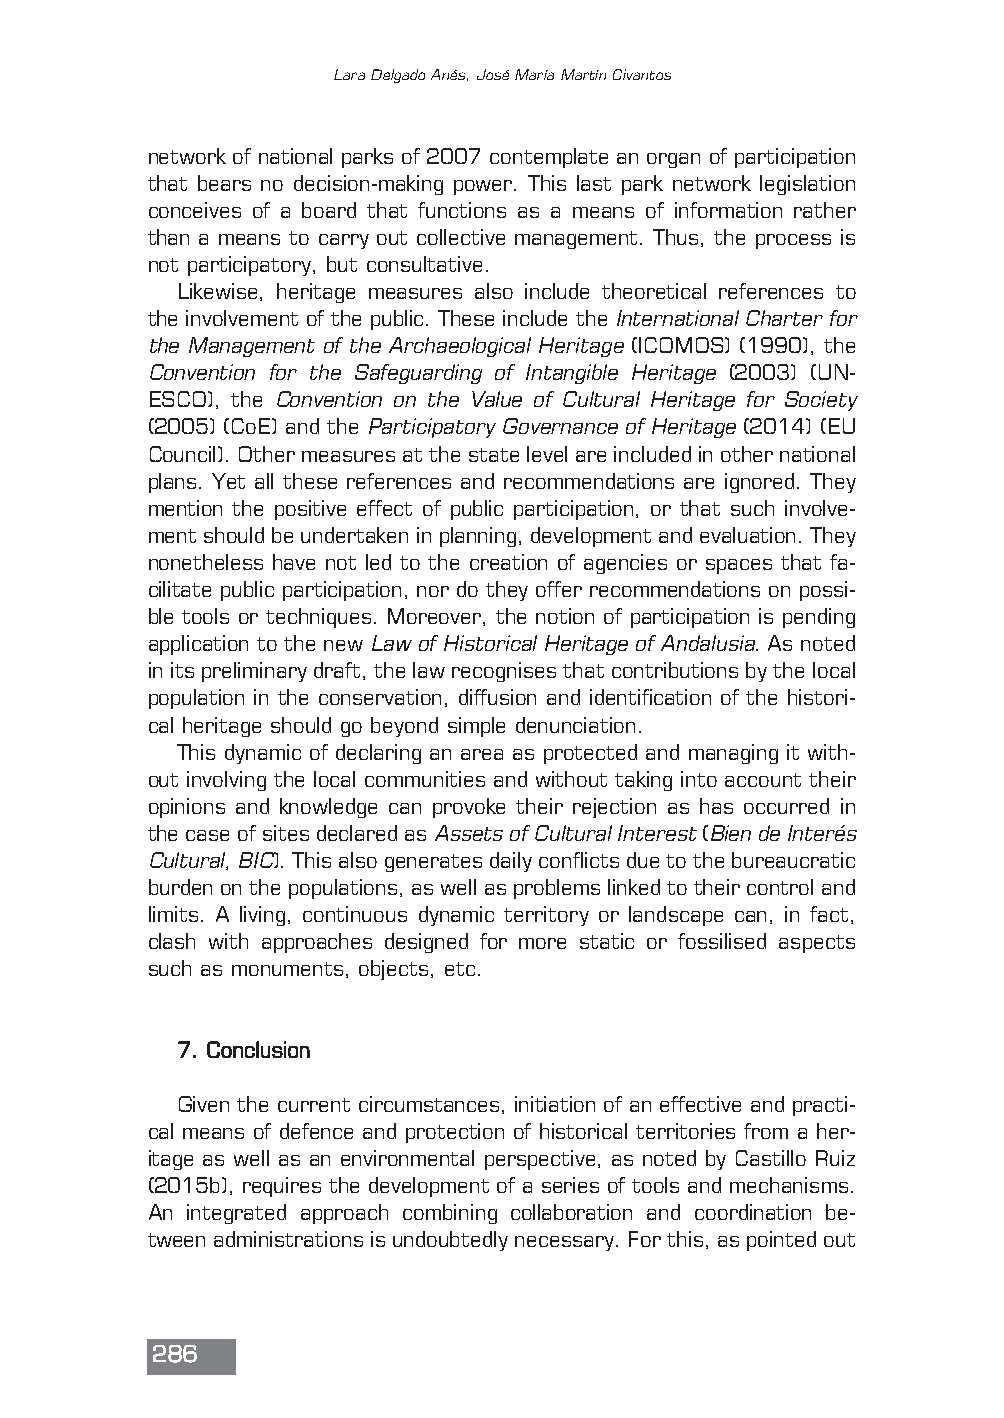
Lara Delgado Anés, José María Martín Civantos
 network of national parks of 2007 contemplate an organ of participation
 that bears no decision-making power. This last park network legislation
 conceives of a board that functions as a means of information rather
 than a means to carry out collective management. Thus, the process is
 not participatory, but consultative.
 Likewise, heritage measures also include theoretical references to
 the involvement of the public. These include the International Charter for
 the Management of the Archaeological Heritage(ICOMOS) (1990), the
 Convention for the Safeguarding of Intangible Heritage (2003) (UN-
 ESCO), the Convention on the Value of Cultural Heritage for Society
 (2005) (CoE) and the Participatory Governance of Heritage(2014) (EU
 Council). Other measures at the state level are included in other national
 plans. Yet all these references and recommendations are ignored. They
 mention the positive effect of public participation, or that such involve-
 ment should be undertaken in planning, development and evaluation. They
 nonetheless have not led to the creation of agencies or spaces that fa-
 cilitate public participation, nor do they offer recommendations on possi-
 ble tools or techniques. Moreover, the notion of participation is pending
 application to the new Law of Historical Heritage of Andalusia. As noted
 in its preliminary draft, the law recognises that contributions by the local
 population in the conservation, diffusion and identification of the histori-
 cal heritage should go beyond simple denunciation.
 This dynamic of declaring an area as protected and managing it with-
 out involving the local communities and without taking into account their
 opinions and knowledge can provoke their rejection as has occurred in
 the case of sites declared as Assets of Cultural Interest(Bien de Interés
 Cultural, BIC). This also generates daily conflicts due to the bureaucratic
 burden on the populations, as well as problems linked to their control and
 limits. A living, continuous dynamic territory or landscape can, in fact,
 clash with approaches designed for more static or fossilised aspects
 such as monuments, objects, etc.
 7. Conclusion
 Given the current circumstances, initiation of an effective and practi-
 cal means of defence and protection of historical territories from a her-
 itage as well as an environmental perspective, as noted by Castillo Ruiz
 (2015b), requires the development of a series of tools and mechanisms.
 An integrated approach combining collaboration and coordination be-
 tween administrations is undoubtedly necessary. For this, as pointed out
 286